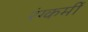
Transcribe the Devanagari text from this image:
रंग्कर्मी